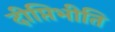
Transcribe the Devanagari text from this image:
दीप्तिभीति